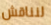
لنناقش